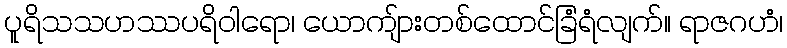
ပူရိသသဟဿပရိဝါရော၊ ယောကျ်ားတစ်ထောင်ခြံရံလျက်။ ရာဇဂဟံ၊